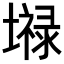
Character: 𪤤